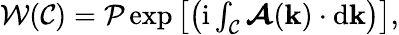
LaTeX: \begin{array}{r}{\mathcal{W}(\mathcal{C})=\mathcal{P}\exp\left[\left(\mathrm{i}\int_{\mathcal{C}}\boldsymbol{\mathcal{A}}(\mathbf{k})\cdot\mathrm{d}\mathbf{k}\right)\right],}\end{array}